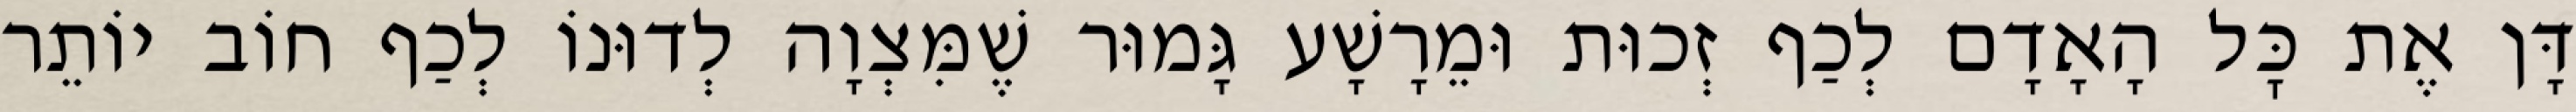
דָּן אֶת כׇּל הָאָדָם לְכַף זְכוּת וּמֵרָשָׁע גָּמוּר שֶׁמִּצְוָה לְדוּנוֹ לְכַף חוֹב יוֹתֵר